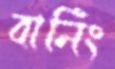
বার্নিং